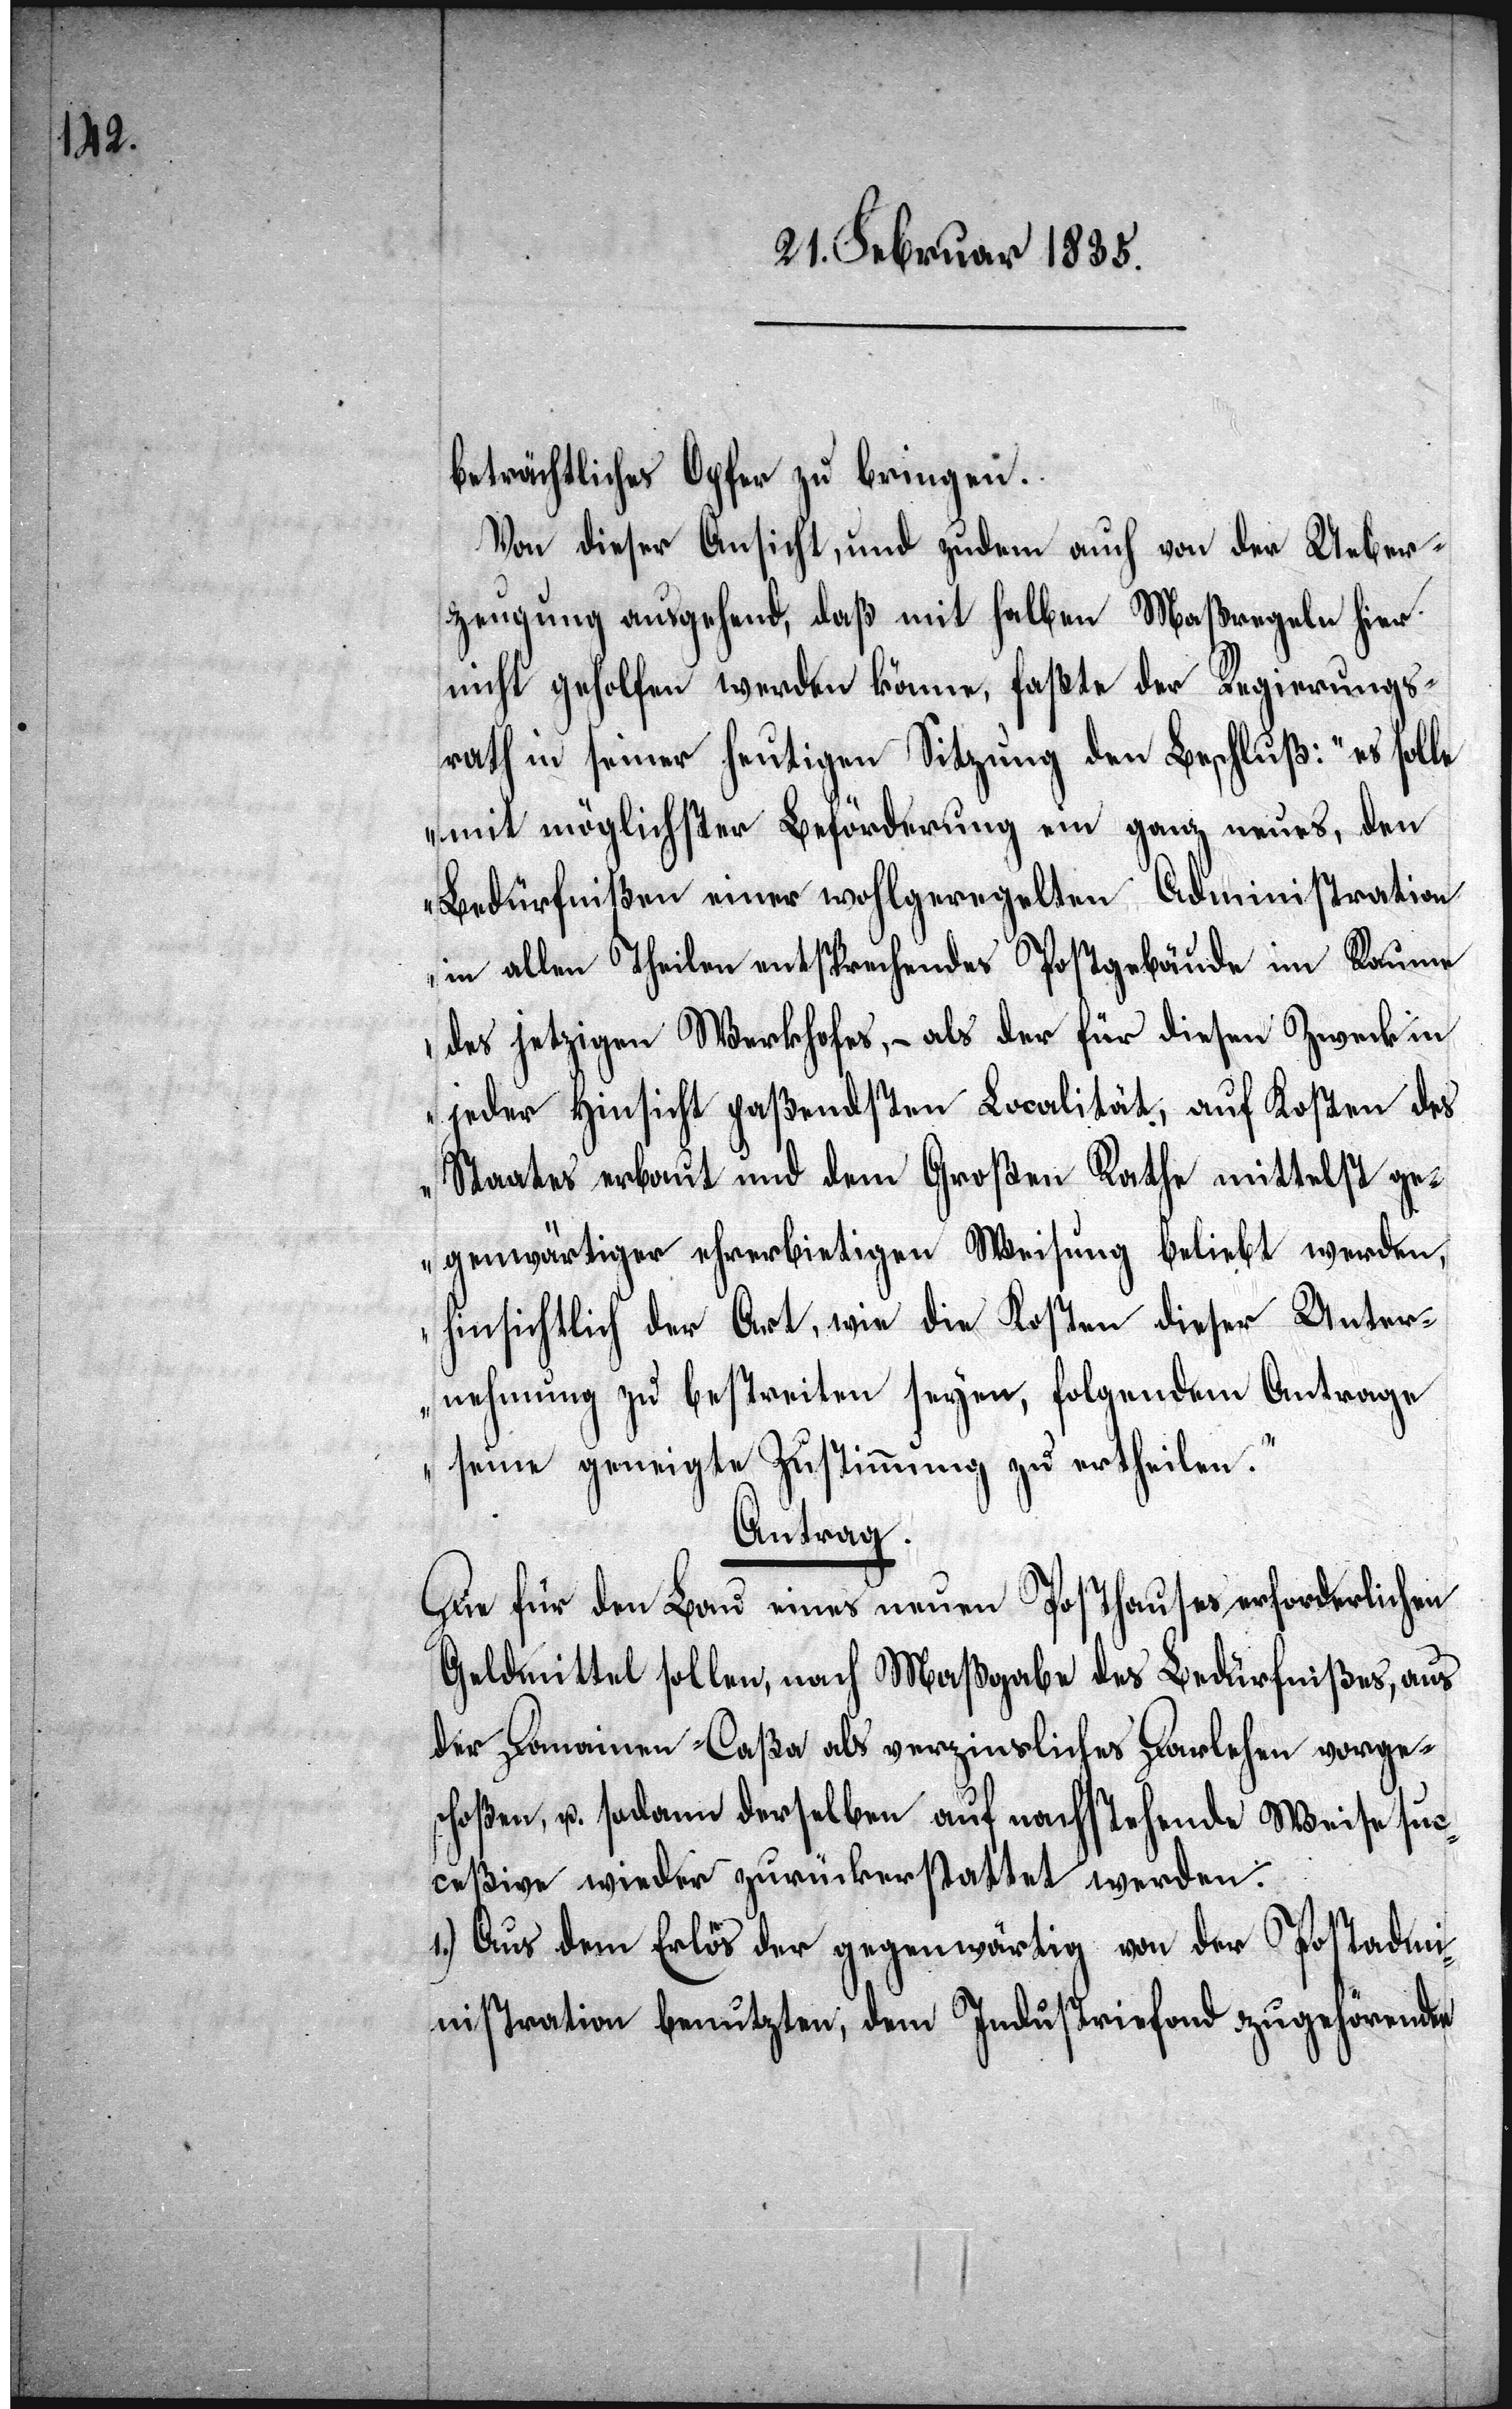
beträchtliches Opfer zu bringen.
Von dieser Ansicht, und zudem auch von der Ueber¬
zeugung ausgehend, daß mit halben Maßregeln hier
nicht geholfen werden könne, faßte der Regierungs¬
rath in seiner heutigen Sitzung den Beschluß: „es solle
mit möglichster Beförderung ein ganz neues, den
Bedürfnißen einer wohlgeregelten Administration
in allen Theilen entsprechendes Postgebäude im Raume
des jetzigen Werkhofes, – als der für diesen Zweck in
jeder Hinsicht paßendsten Localität, auf Kosten des
Staates erbaut und dem Großen Rathe mittelst ge¬
genwärtiger ehrerbietigen Weisung beliebt werden,
hinsichtlich der Art, wie die Kosten dieser Unter¬
nehmung zu bestreiten seyen, folgendem Antrage
seine geneigte Zustimmung zu ertheilen.“
Antrag.
Die für den Bau eines neuen Posthauses erforderlichen
Geldmittel sollen, nach Maßgabe des Bedürfnißes, aus
der Domainen-Caßa als verzinsliches Darlehen vorge¬
schoßen, u. sodann derselben auf nachstehende Weise suc¬
ceßive wieder zurückerstattet werden.
1.) Aus dem Erlös der gegenwärtig von der Postadmi¬
nistration benutzten, dem Industriefond zugehörenden